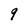
Character: 9